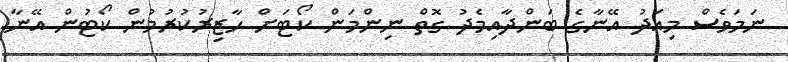
ނަމަވެސް މިއަދު އޭނާގެ ބަންދާއިމެދު ގޮތް ނިންމަން ކޯޓަށް ހާޒިރުކުރުމުން ކޯޓުން އޭނާ